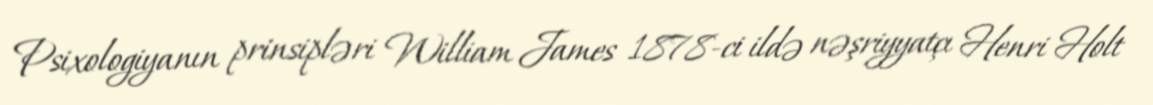
Psixologiyanın prinsipləri William James 1878-ci ildə nəşriyyatçı Henri Holt